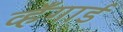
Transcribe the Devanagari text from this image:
व्हँगार्ड